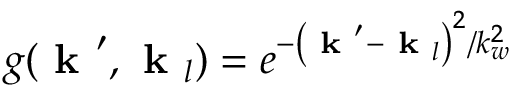
g ( \textbf { k } ^ { \prime } , \textbf { k } _ { l } ) = e ^ { - \left( \textbf { k } ^ { \prime } - \textbf { k } _ { l } \right) ^ { 2 } / k _ { w } ^ { 2 } }